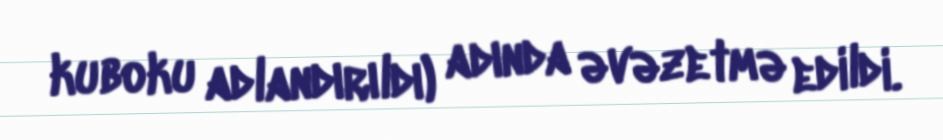
kuboku adlandırıldı) adında əvəzetmə edildi.